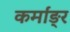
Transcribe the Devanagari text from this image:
कर्मांङ्र